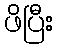
ဖိပြီး